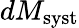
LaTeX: dM_{\mathrm{syst}}